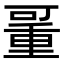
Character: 𠽚